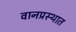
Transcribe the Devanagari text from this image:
वानप्रस्थात